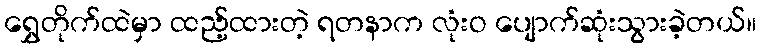
ရွှေတိုက်ထဲမှာ ထည့်ထားတဲ့ ရတနာက လုံးဝ ပျောက်ဆုံးသွားခဲ့တယ်။